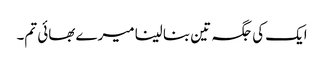
ایک کی جگہ تین بنا لینا میرے بھائی تم۔